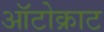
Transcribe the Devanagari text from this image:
ऑटोक्राट